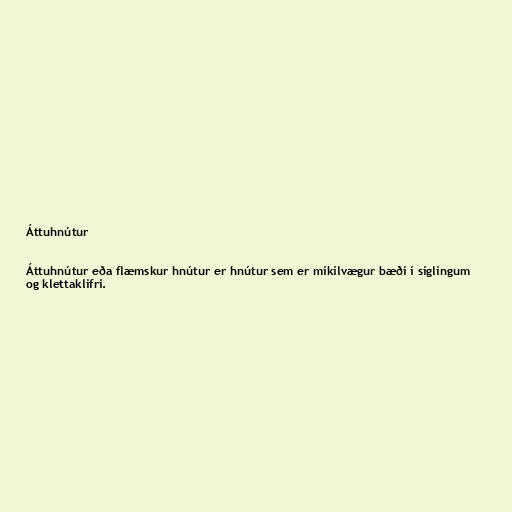
Áttuhnútur

Áttuhnútur eða flæmskur hnútur er hnútur sem er mikilvægur bæði í siglingum
og klettaklifri.